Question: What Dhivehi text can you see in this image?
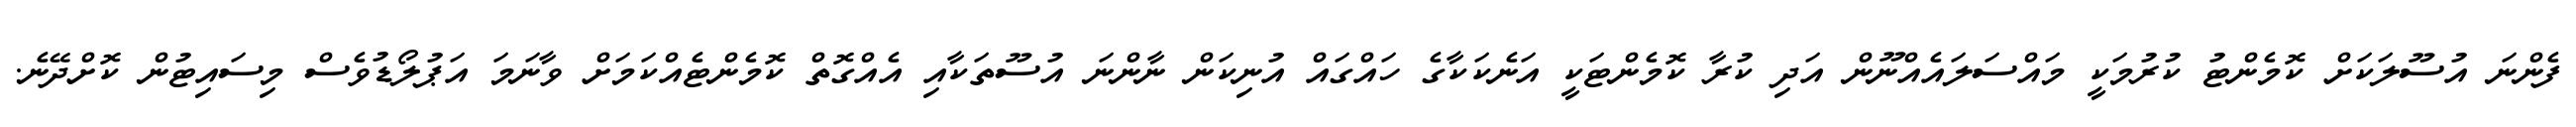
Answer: ފެންނަ އުސޫލަކަށް ކޮމެންޓު ކުރުމަކީ މައްސަލައެއްނޫން އަދި ކުރާ ކޮމެންޓަކީ އަނެކަކާގެ ހައްގައް އުނިކަން ނާންނަ އުސޫތަކާއި އެއްގޮތް ކޮމެންޓެއްކަމަށް ވާނަމަ އަޕުލޯޑުވެސް މިސައިޓުން ކޮށްދޭނެ.